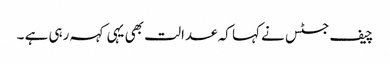
چیف جسٹس نے کہا کہ عدالت بھی یہی کہہ رہی ہے ۔